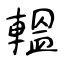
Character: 轀